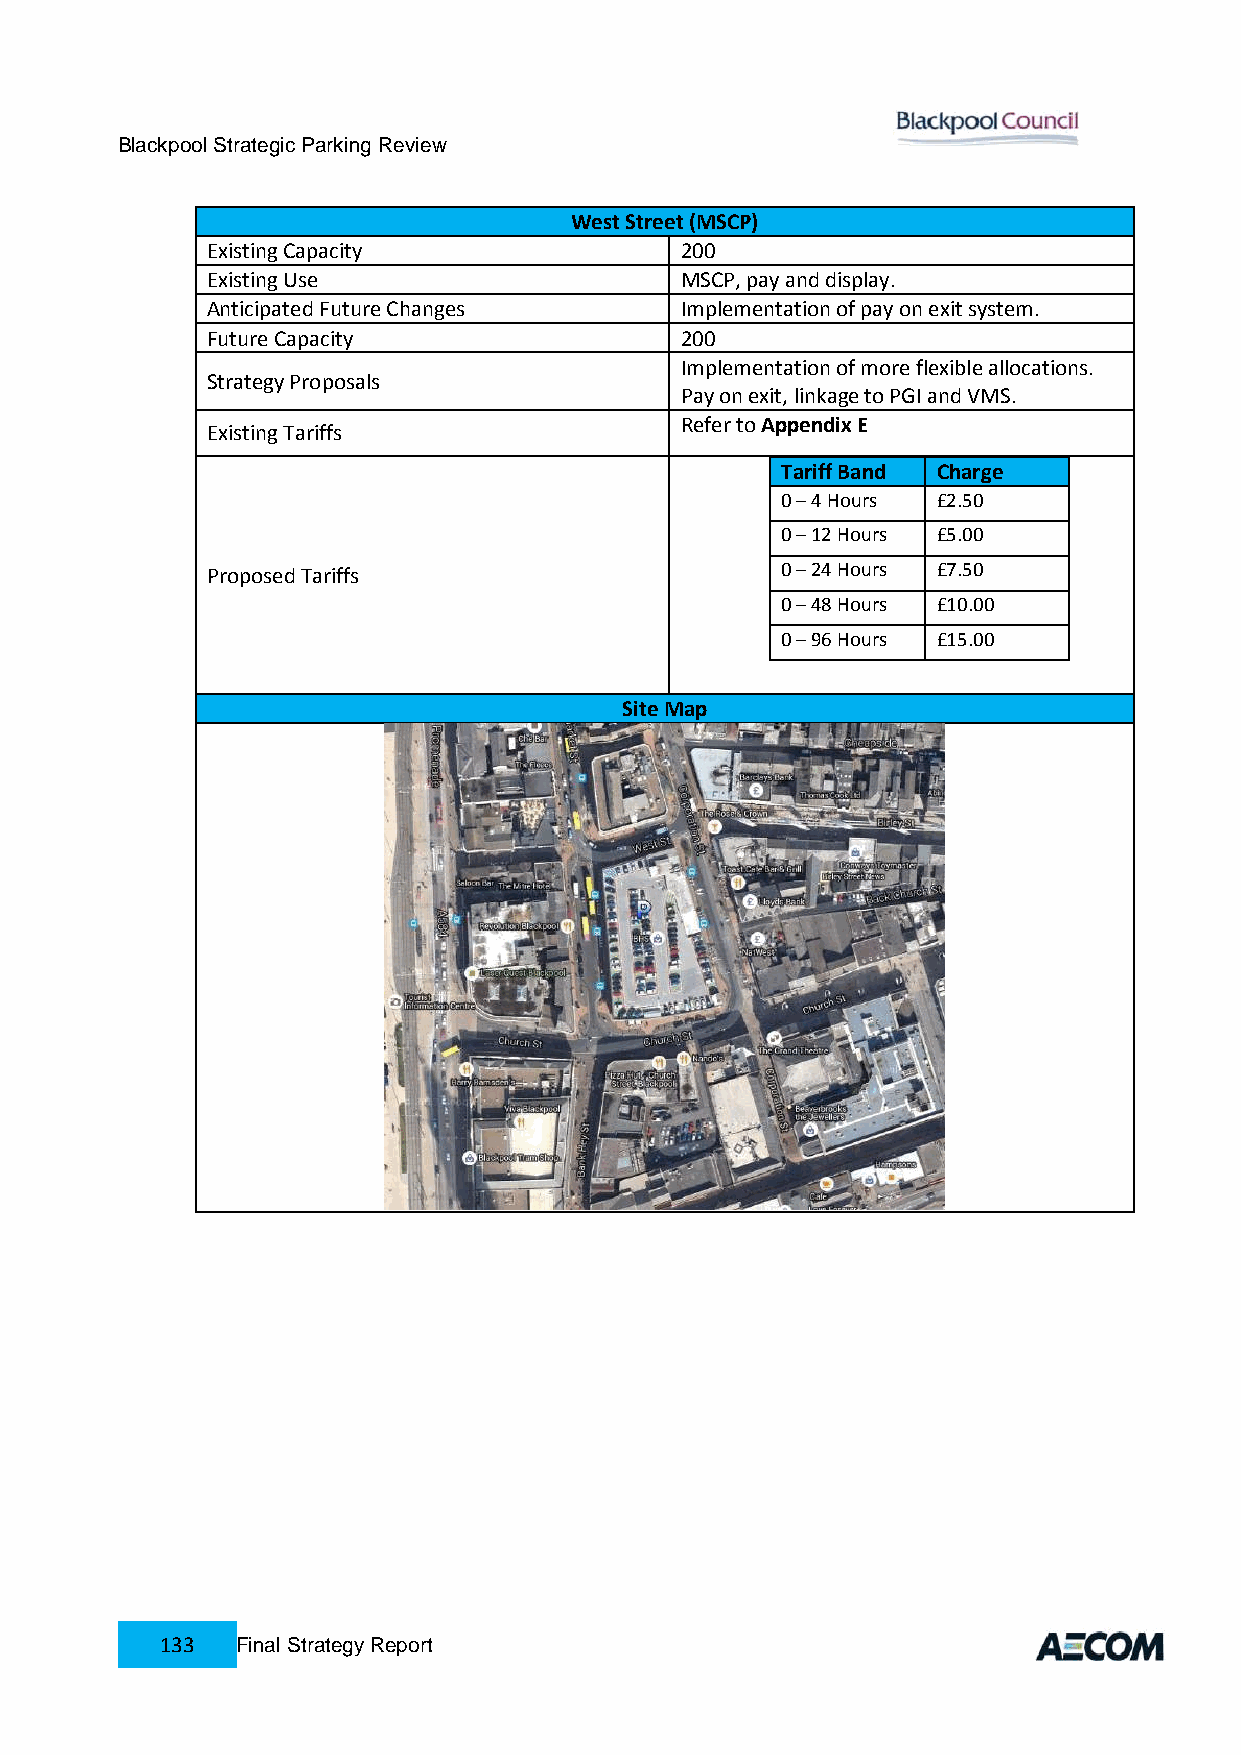
Blackpool Strategic Parking Review
 West Street (MSCP)
 Existing Capacity              200
 Existing Use                   MSCP, pay and display.
 Anticipated Future Changes     Implementation of pay on exit system.
 Future Capacity                200
 Implementation of more flexible allocations.
 Strategy Proposals
 Pay on exit, linkage to PGI and VMS.
 Refer to Appendix E
 Existing Tariffs
 Tariff Band Charge
 0 – 4 Hours £2.50
 0 – 12 Hours £5.00
 Proposed Tariffs                      0 – 24 Hours £7.50
 0 – 48 Hours £10.00
 0 – 96 Hours £15.00
 Site Map
 133  Final Strategy Report